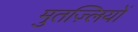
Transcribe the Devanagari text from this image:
मुतज़्लियों